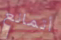
أتمانع